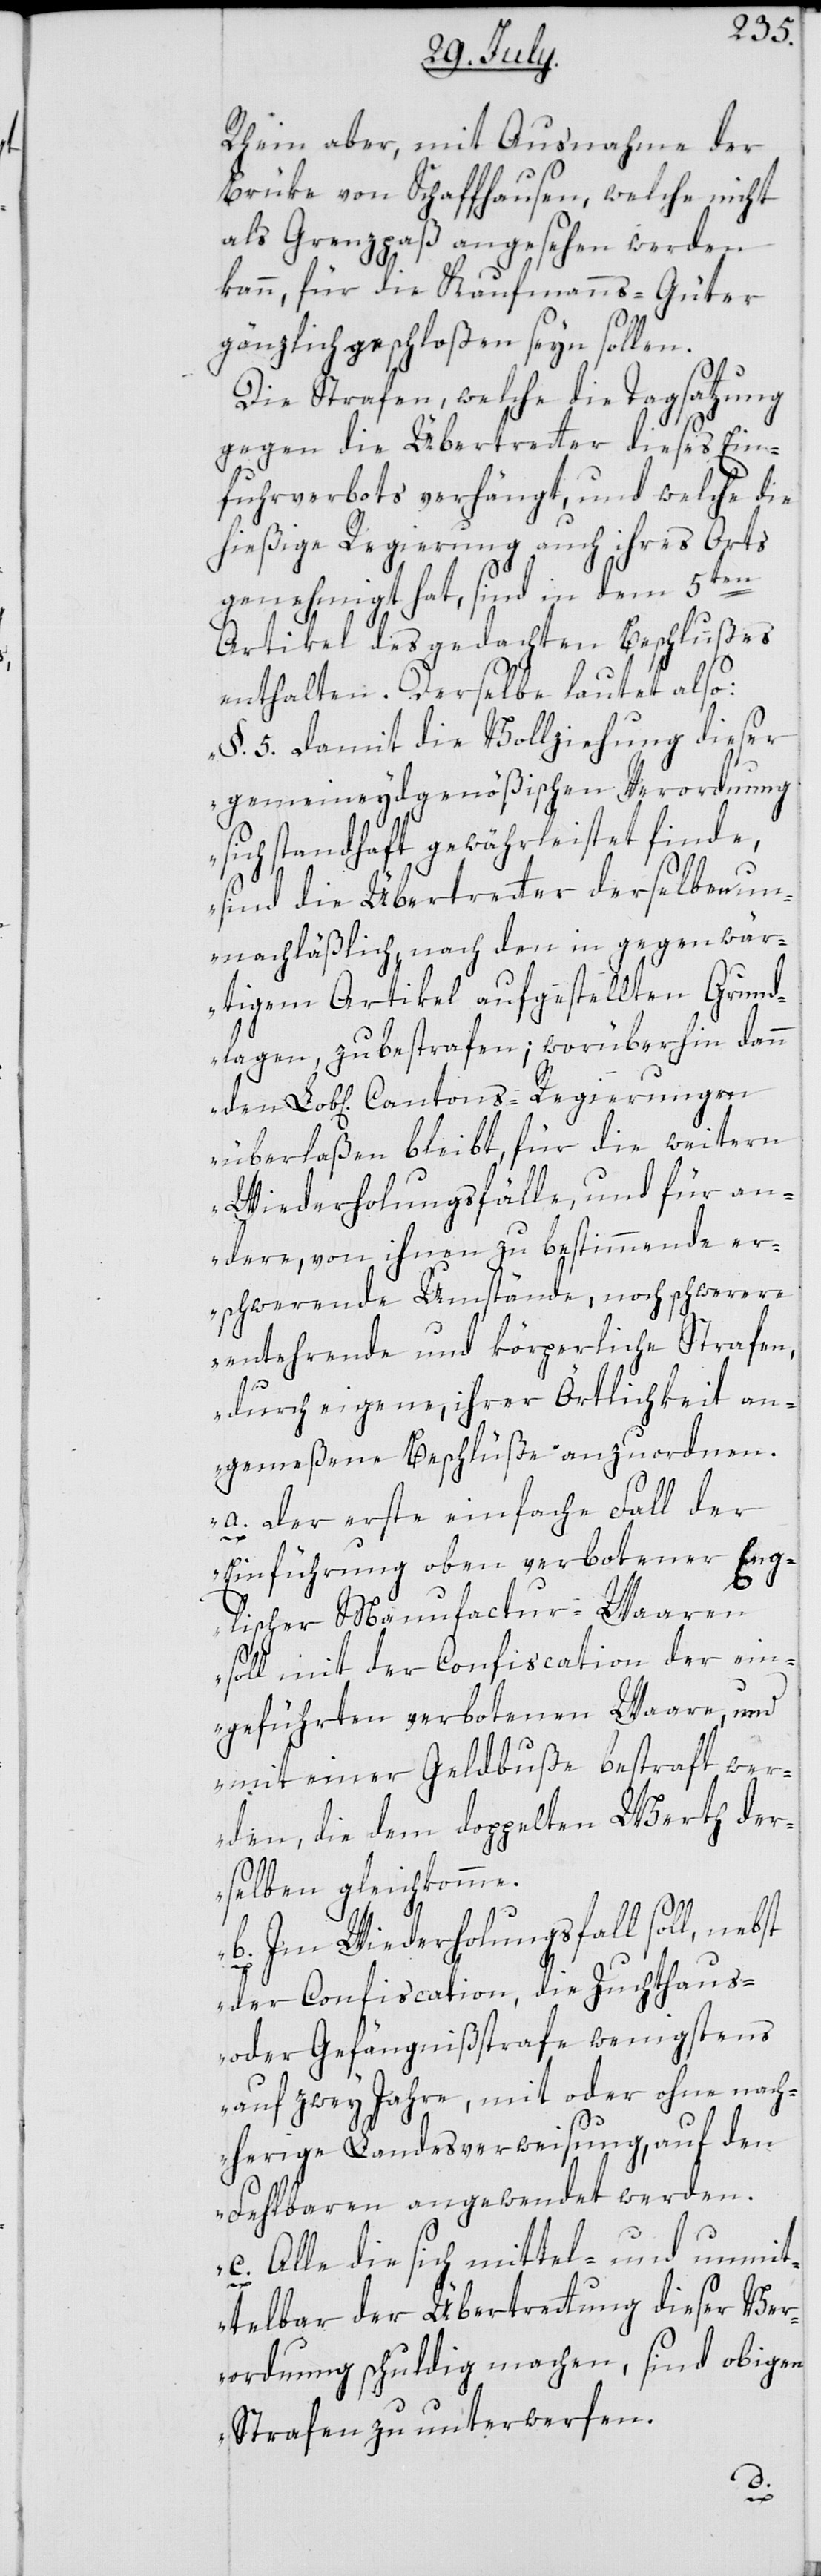
Rhein aber, mit Ausnahme der
Brüke von Schaffhausen, welche nicht
als Grenzpaß angesehen werden
kann, für die Kaufmanns-Güter
gänzlich geschloßen seyn sollen.
Die Strafen, welche die Tagsatzung
gegen die Übertretter dieses Ein¬
fuhrverbots verhängt, und welche die
hießige Regierung auch ihres Orts
genehmiget hat, sind in dem 5ten
Artikel des gedachten Beschlußes
enthalten. Derselbe lautet also:
„§. 5. Damit die Vollziehung dieser
gemeineydgenößischen Verordnung
sich standhaft gewährleistet finde,
sind die Übertretter derselben un¬
nachläßlich, nach den in gegenwär¬
tigem Artikel aufgestellten Grund¬
lagen, zubestrafen; worüberhin dann
überlaßen bleibt, für die weitern
Wiederholungsfälle, und für an¬
dere, von ihnen zu bestimmende er¬
schwerende Umstände, noch schwerere
entehrende und körperliche Strafen,
den
durch eigene, ihrer Örtlichkeit an¬
gemeßene Beschlüße anzuordnen.
a. Der erste einfache Fall der
Einführung oben verbotener Eng¬
lischer Manufactur-Waaren
soll mit der Confiscation der ein¬
geführten verbotenen Waare, und
mit einer Geldbuße bestraft wer¬
den, die dem doppelten Werth der¬
selben gleichkomme.
b. Im Wiederholungsfall soll, nebst
der Confiscation, die Zuchthaus-
oder Gefängnißstrafe wenigstens
auf zwey Jahre, mit oder ohne nac¬
herige Landesverweisung, auf den
Fehlbaren angewendet werden.
c. Alle die sich mittel- und unmit¬
telbar der Übertrettung dieser Ver¬
ordnung schuldig machen, sind obigen
Strafen zu unterwerfen.